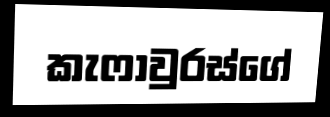
කැෆාවුරස්ගේ